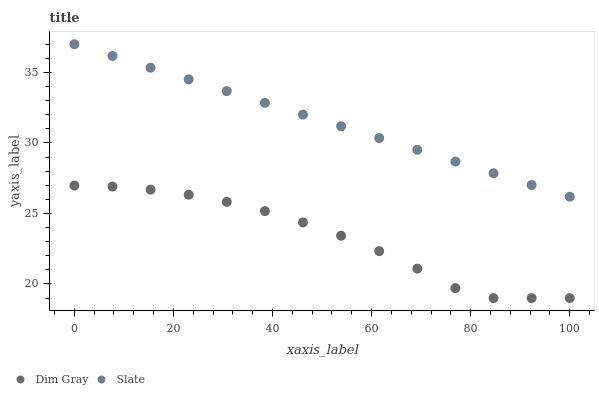
| xaxis_label | Dim Gray | Slate |
 | --- | --- | --- |
 | 0 | 27 | 37 |
 | 7.69 | 26.9 | 36.2 |
 | 15.4 | 26.7 | 35.3 |
 | 23.1 | 26.3 | 34.5 |
 | 30.8 | 25.8 | 33.7 |
 | 38.5 | 25.2 | 32.8 |
 | 46.2 | 24.4 | 32 |
 | 53.8 | 23.4 | 31.2 |
 | 61.5 | 22.3 | 30.3 |
 | 69.2 | 21.1 | 29.5 |
 | 76.9 | 19.7 | 28.7 |
 | 84.6 | 19 | 27.8 |
 | 92.3 | 19 | 27 |
 | 100 | 19 | 26.2 |